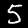
Label: 5